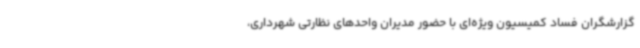
گزارشگران فساد کمیسیون ویژه‌ای با حضور مدیران واحدهای نظارتی شهرداری،